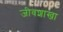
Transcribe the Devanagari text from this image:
जीवशाखा